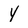
Character: Y